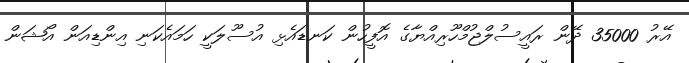
އޭރު 35000 ދޭން ރައީސުލްޖުމްހޫރިއްޔާގެ އޮފީހުން ކަނޑައެޅި އުސޫލަކީ ހަމައެކަނި އިންޑިއަން އޯޝަން